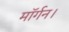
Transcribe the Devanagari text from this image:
मॉर्गन।